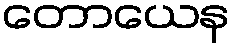
တောယေန